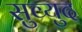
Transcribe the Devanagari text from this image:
सुव्युद